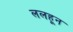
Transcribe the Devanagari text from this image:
ललहून